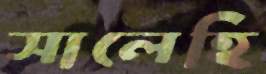
সালেহি